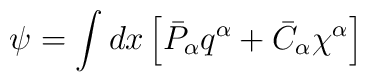
\psi  = \int dx \left[\bar{P}_{\alpha}q^{\alpha} +\bar{C}_{\alpha}\chi^{\alpha}\right]